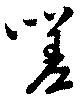
嗟